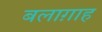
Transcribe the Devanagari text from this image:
बलाग़ाह